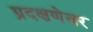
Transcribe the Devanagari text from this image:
प्रदक्षणेवर